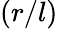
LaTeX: (r/l)